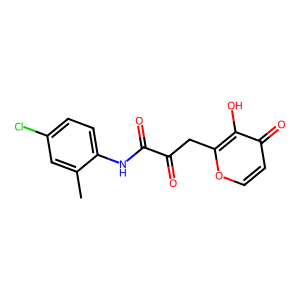
SMILES: Cc1cc(Cl)ccc1NC(=O)C(=O)Cc1occc(=O)c1O
Inhibits HIV replication: No